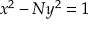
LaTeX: \ x ^ { 2 } - N y ^ { 2 } = 1